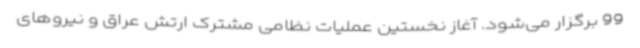
99 برگزار می‌شود. آغاز نخستین عملیات نظامی مشترک ارتش عراق و نیروهای